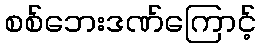
စစ်ဘေးဒဏ်ကြောင့်